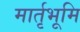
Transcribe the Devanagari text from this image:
मार्तृभूमि